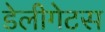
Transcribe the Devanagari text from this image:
डेलीगेटस